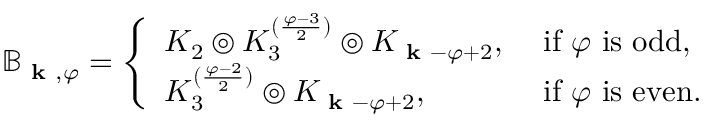
\begin{array} { r } { \mathbb { B } _ { \textbf { k } , \varphi } = \left\{ \begin{array} { l l } { K _ { 2 } \circledcirc K _ { 3 } ^ { ( \frac { \varphi - 3 } { 2 } ) } \circledcirc K _ { \textbf { k } - \varphi + 2 } , } & { \mathrm { ~ i f ~ } \varphi \mathrm { ~ i s ~ o d d , } } \\ { K _ { 3 } ^ { ( \frac { \varphi - 2 } { 2 } ) } \circledcirc K _ { \textbf { k } - \varphi + 2 } , } & { \mathrm { ~ i f ~ } \varphi \mathrm { ~ i s ~ e v e n . } } \end{array} \right. } \end{array}